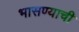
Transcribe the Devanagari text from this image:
भासण्याची